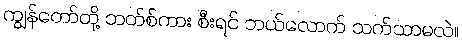
ကျွန်တော်တို့ ဘတ်စ်ကား စီးရင် ဘယ်လောက် သက်သာမလဲ။